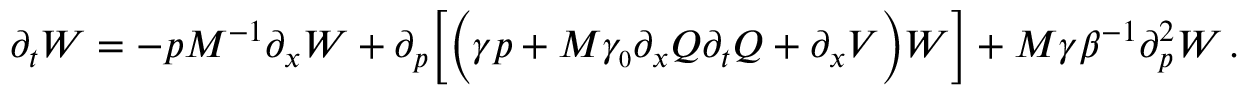
\partial _ { t } W = - p M ^ { - 1 } \partial _ { x } W + \partial _ { p } \Big [ \Big ( \gamma p + M \gamma _ { \scriptscriptstyle 0 } \partial _ { x } Q \partial _ { t } Q + \partial _ { x } V \Big ) W \Big ] + M \gamma \beta ^ { - 1 } \partial _ { p } ^ { 2 } W \, .